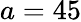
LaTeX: a=45